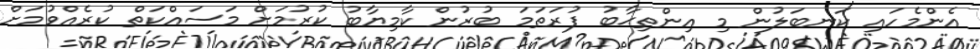
އެންމެހައި ކަނބަލުން މި އިންތިޙާބު ފުރަތަމަ ބުރުން ކާމިޔާބު ކުރުމަށް މަސައްކަތް ކުރެއްވުމަށް